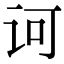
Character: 诃